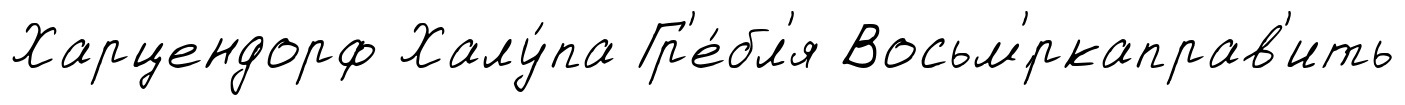
Харцендорф Халу́па Гр'е́бл'я Восьм'́ркаправ'ить